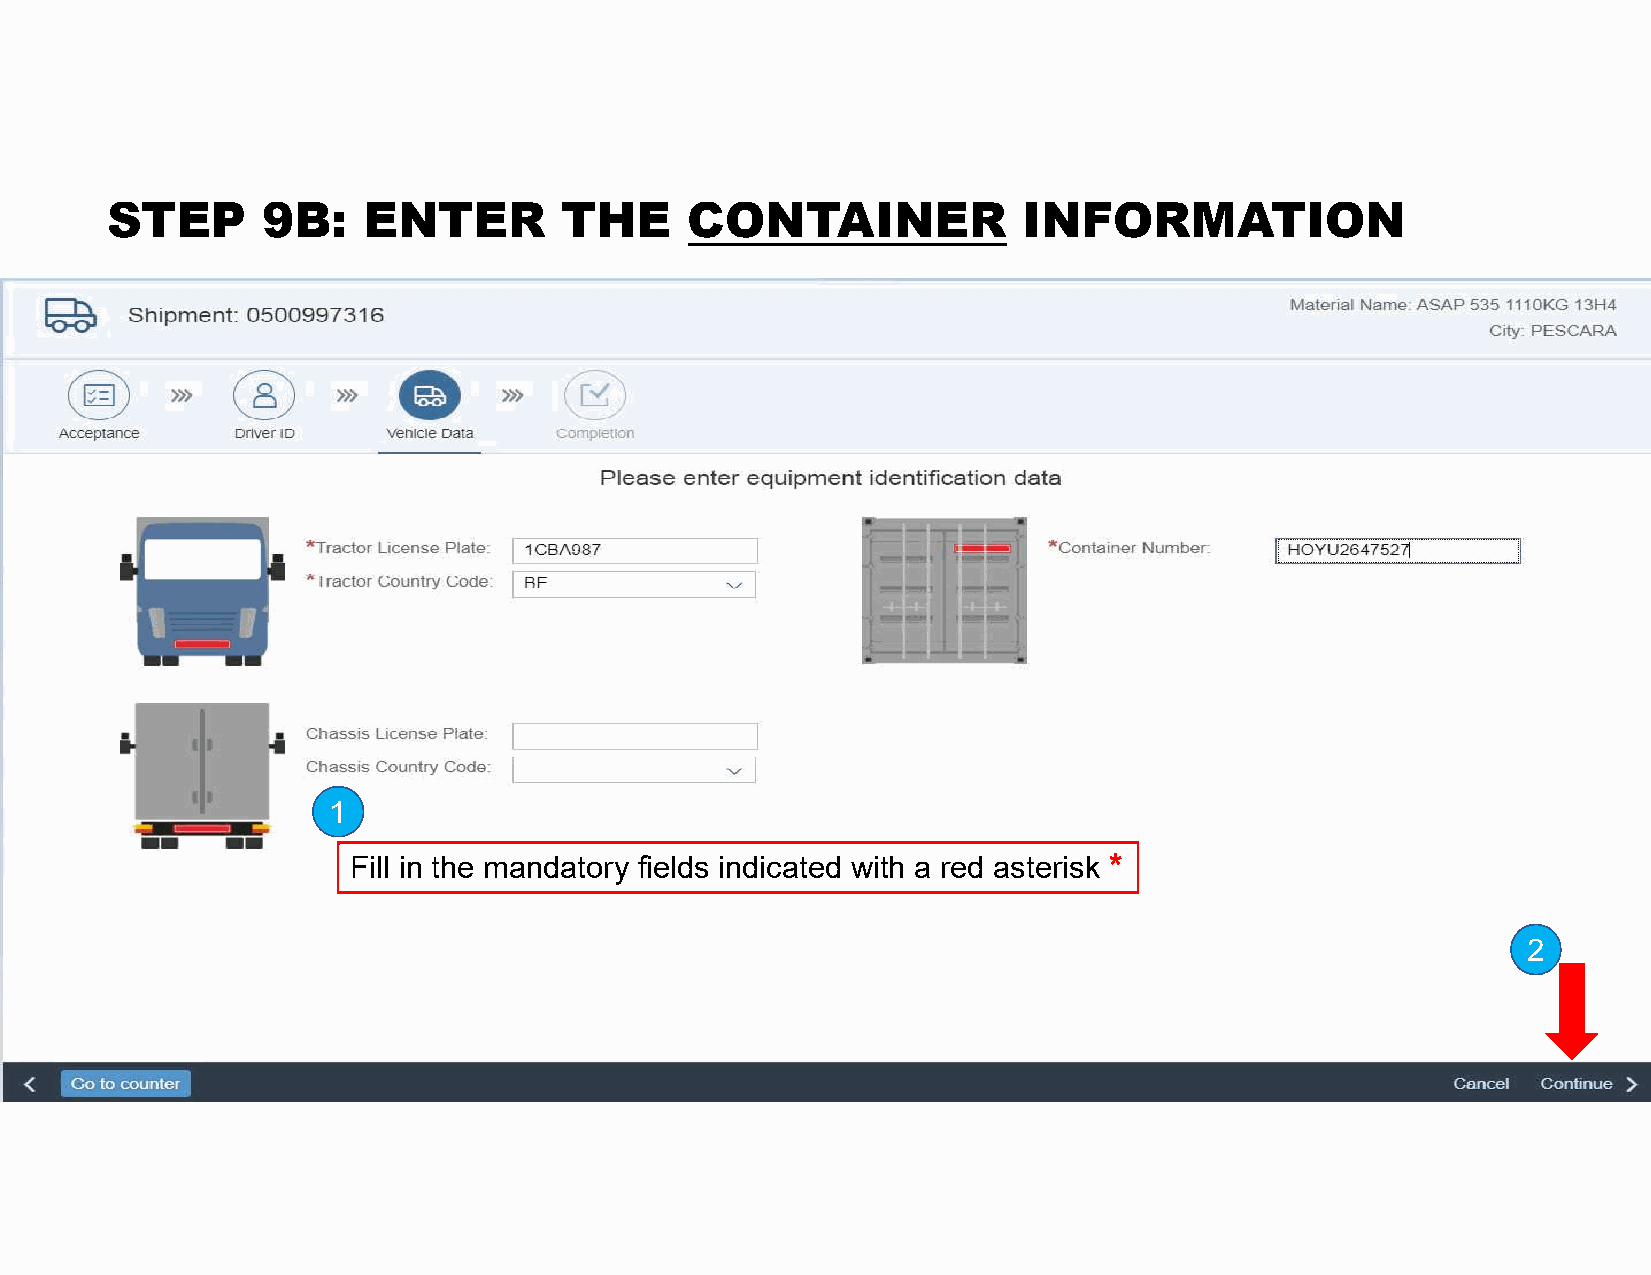
STEP      9B:    ENTER        THE      CONTAINER             INFORMATION
 1
 Fill in the mandatory fields indicated with a red asterisk *
 2